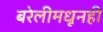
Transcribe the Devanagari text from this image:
बरेलीमधूनही